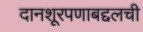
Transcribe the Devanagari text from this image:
दानशूरपणाबद्दलची